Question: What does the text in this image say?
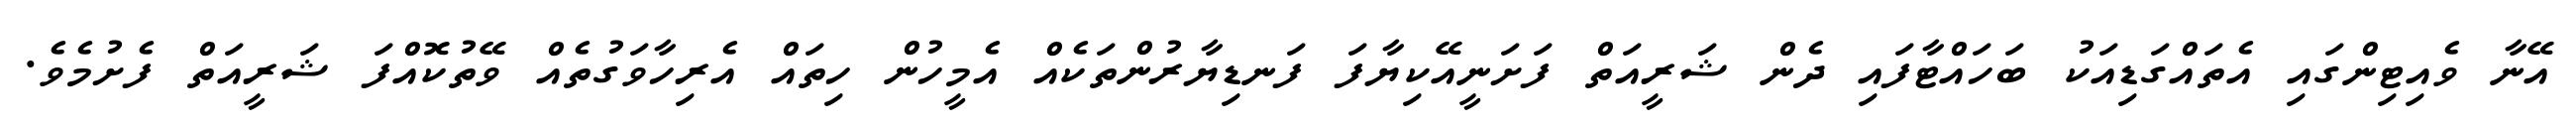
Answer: އޭނާ ވެއިޓިންގައި އެތައްގަޑިއަކު ބަހައްޓާފައި ދެން ޝަރީއަތް ފަށަނީއޭކިޔާފަ ފަނޑިޔާރުންތަކެއް އެމީހުން ހިތައް އެރިހާވަގުތެއް ވޭތުކޮއްފަ ޝަރީއަތް ފެށުމެވެ.